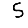
Digit: 5